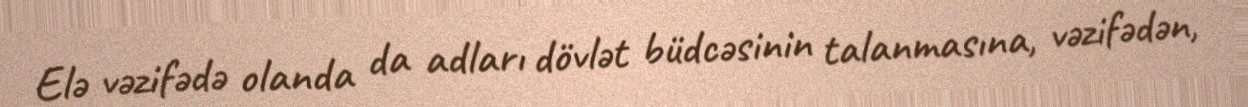
Elə vəzifədə olanda da adları dövlət büdcəsinin talanmasına, vəzifədən,